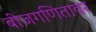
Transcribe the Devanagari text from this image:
बीजगणितावर